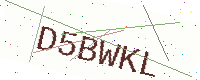
Text: D5BWKL